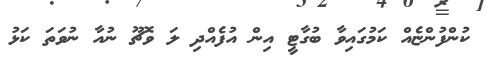
ކުންފުންޏެއް ކަމުގައިވާ ބުގާޓީ އިން އުފެއްދި ލަ ވޮޗޫ ނުއާ ނުވަތަ ކަޅު